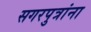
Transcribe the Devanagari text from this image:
सगरपुत्रांना